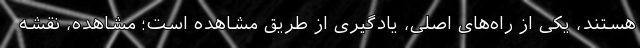
هستند، یکی از راه‌های اصلی، یادگیری از طریق مشاهده‌ است؛ مشاهده، نقشه